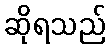
ဆိုရသည်